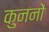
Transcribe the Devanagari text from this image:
कुननों